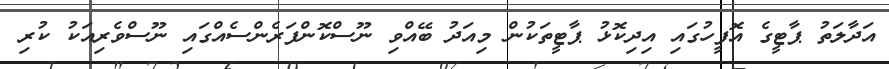
އަދާލަތު ޕާޓީގެ އޮފީހުގައި އިދިކޮޅު ޕާޓީތަކުން މިއަދު ބޭއްވި ނޫސްކޮންފަރެންސެއްގައި ނޫސްވެރިއަކު ކުރި